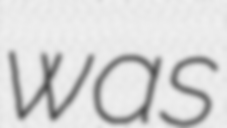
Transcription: was